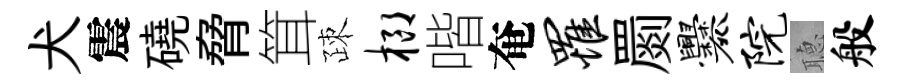
犬震磽脅䇯疎榔喈奄罹罽爨院𦗟般